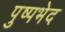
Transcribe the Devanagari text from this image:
पुष्पभेद